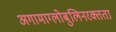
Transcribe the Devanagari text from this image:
अगामाग्लोबुलिनरक्तता